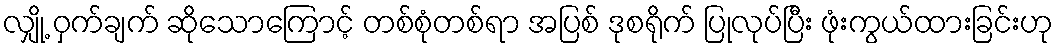
လျှို့ ဝှက်ချက် ဆိုသောကြောင့် တစ်စုံတစ်ရာ အပြစ် ဒုစရိုက် ပြုလုပ်ပြီး ဖုံးကွယ်ထားခြင်းဟု